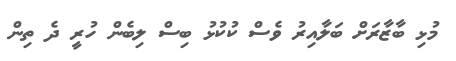
މުޅި ބާޒާރަށް ބަލާއިރު ވެސް ކުކުޅު ބިސް ލިބެން ހުރީ ދެ ތިން